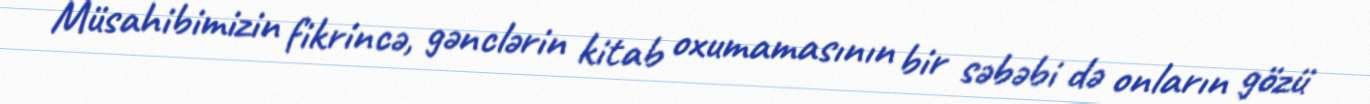
Müsahibimizin fikrincə, gənclərin kitab oxumamasının bir səbəbi də onların gözü